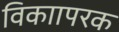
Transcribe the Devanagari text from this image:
विकाापरक